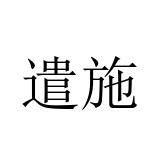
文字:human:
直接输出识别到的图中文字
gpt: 遣施